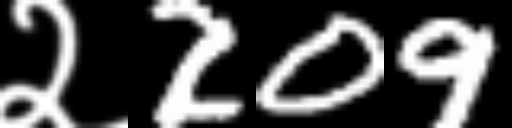
Text: २209